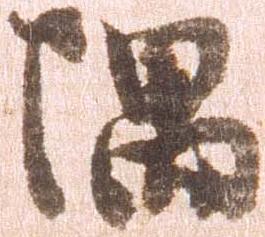
隅